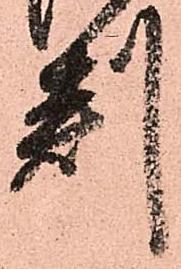
判